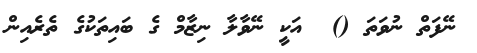
ނޭފަތް ނުވަތަ ()  އަކީ ނޭވާލާ ނިޒާމް ގެ ބައިތަކުގެ ތެރެއިން